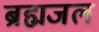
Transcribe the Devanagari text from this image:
ब्रह्मजल